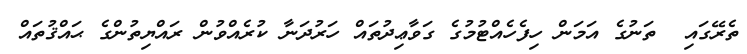
ތެރޭގައި  ތަނުގެ އަމަން ހިފެހެއްޓުމުގެ ގަވާޢިދުތައް ހަރުދަނާ ކުރެއްވުން ރައްޔިތުންގެ ޙައްޤުތައް